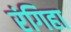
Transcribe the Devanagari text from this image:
रंगिहा